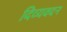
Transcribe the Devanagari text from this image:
दिव्यवदन